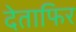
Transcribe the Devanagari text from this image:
देताफिर